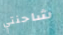
شاحنتي